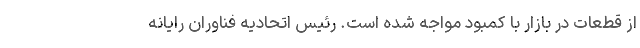
از قطعات در بازار با کمبود مواجه شده است. رئیس اتحادیه فناوران رایانه